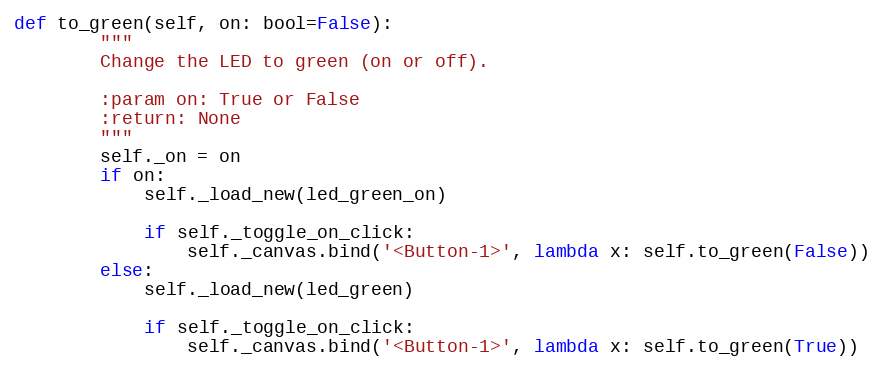
Language: Python
def to_green(self, on: bool=False):
        """
        Change the LED to green (on or off).

        :param on: True or False
        :return: None
        """
        self._on = on
        if on:
            self._load_new(led_green_on)

            if self._toggle_on_click:
                self._canvas.bind('<Button-1>', lambda x: self.to_green(False))
        else:
            self._load_new(led_green)

            if self._toggle_on_click:
                self._canvas.bind('<Button-1>', lambda x: self.to_green(True))